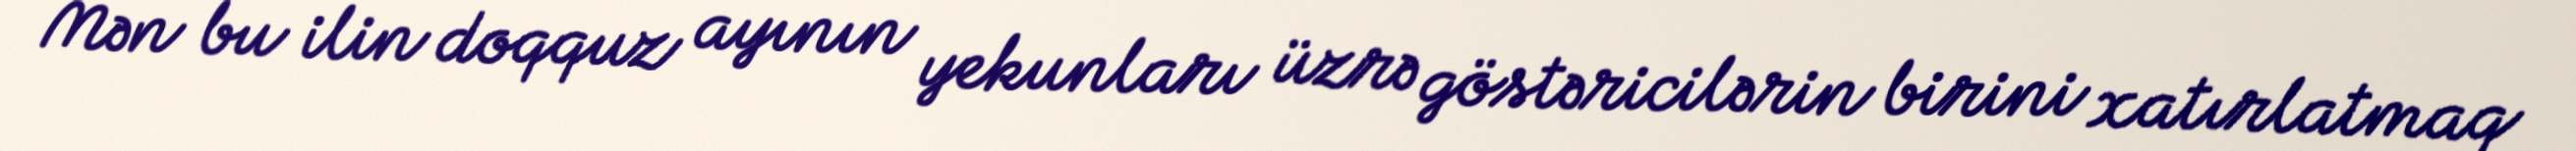
Mən bu ilin doqquz ayının yekunları üzrə göstəricilərin birini xatırlatmaq